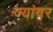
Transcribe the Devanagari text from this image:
ज्यांवर